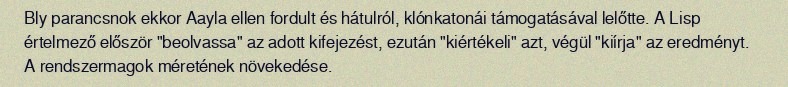
Bly parancsnok ekkor Aayla ellen fordult és hátulról, klónkatonái támogatásával lelőtte. A Lisp értelmező először "beolvassa" az adott kifejezést, ezután "kiértékeli" azt, végül "kiírja" az eredményt. A rendszermagok méretének növekedése.